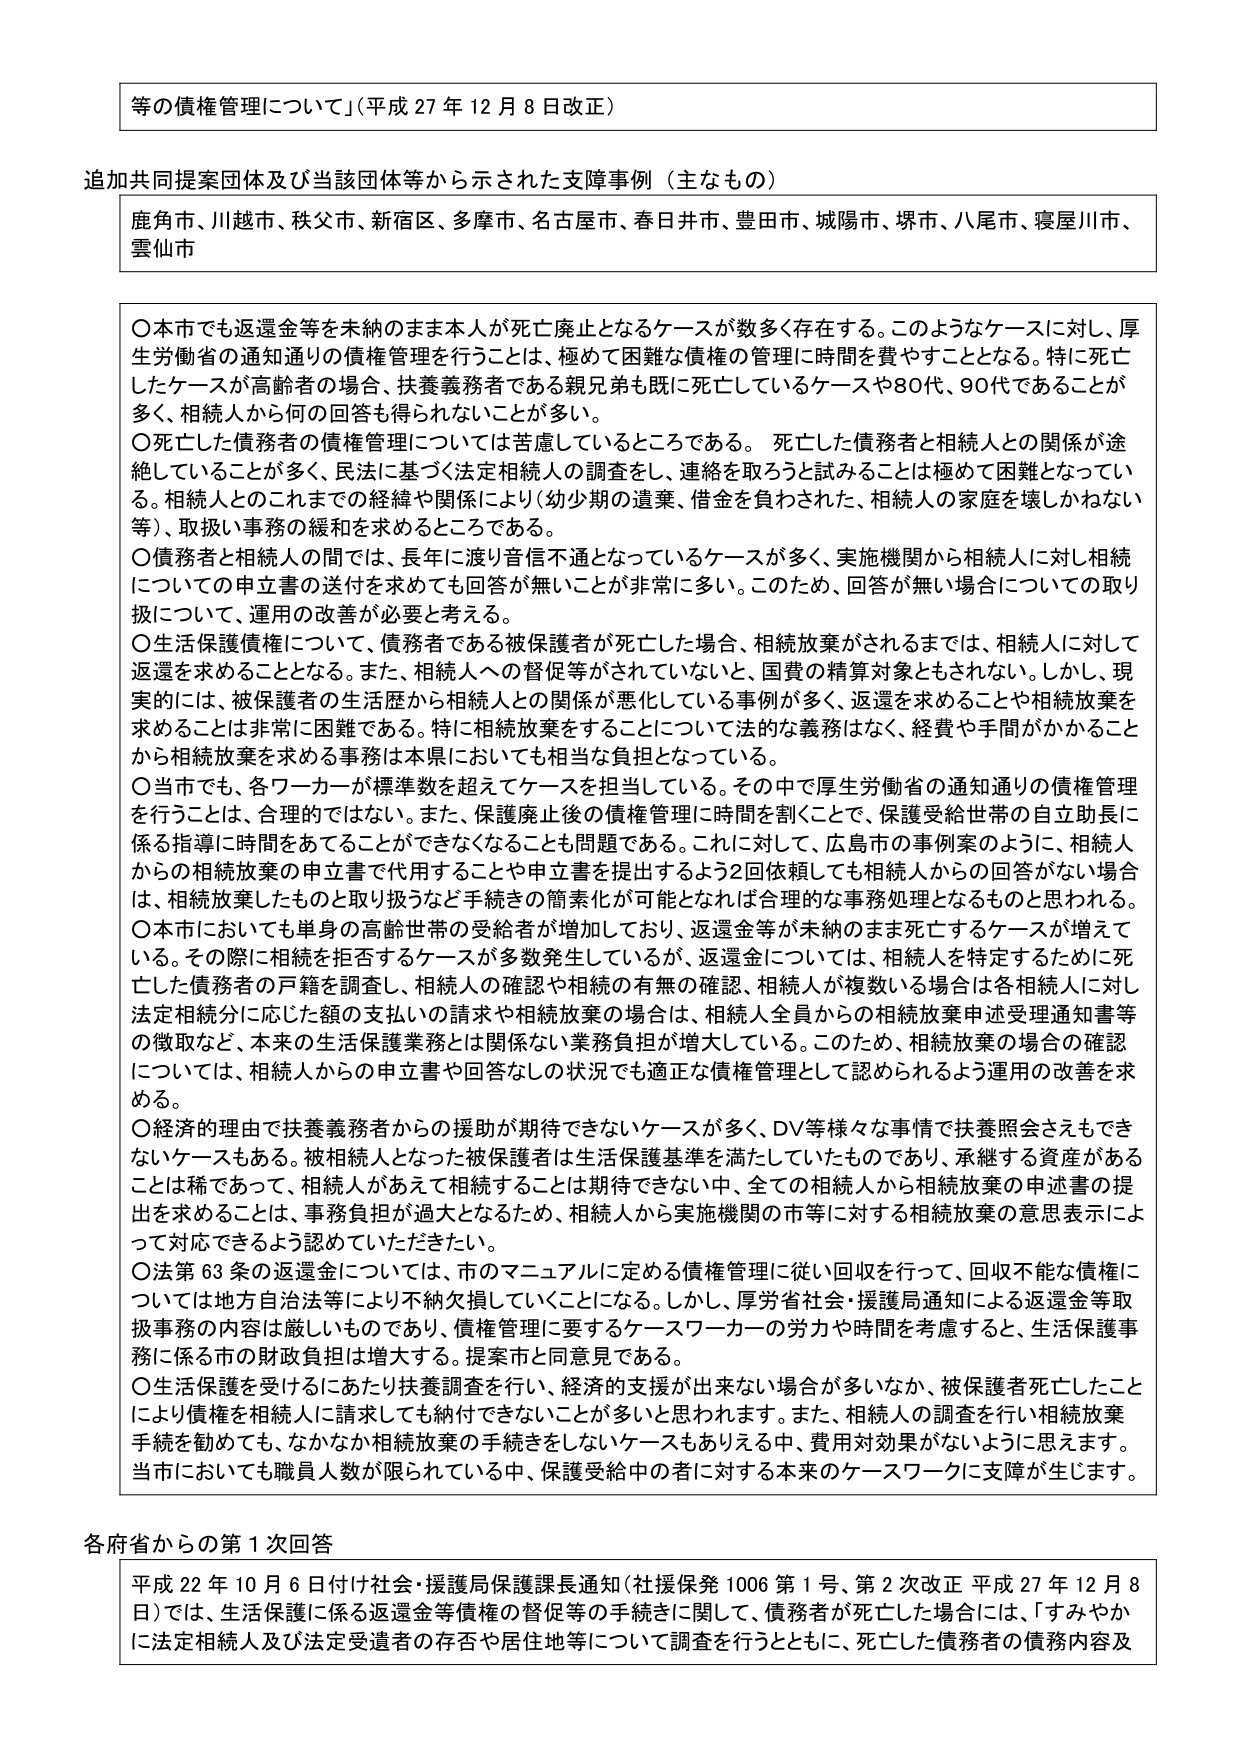
等の債権管理について」（平成27年12月8日改正）

追加共同提案団体及び当該団体等から示された支援事例（主なもの）
鹿角市、川越市、秩父市、新宿区、多摩市、名古屋市、春日井市、豊田市、城陽市、堺市、八尾市、寝屋川市、雲仙市

〇本市でも返還金等を未納のまま本人が死亡廃止となるケースが数多く存在する。このようなケースに対し、厚生労働省の通知通りの債権管理を行うことは、極めて困難な債権の管理に時間を費やすこととなる。特に死亡したケースが高齢者の場合、扶養義務者である親兄弟も既に死亡しているケースや80代、90代であることが多く、相続人から何の回答も得られないことが多い。
〇死亡した債務者の債権管理については苦慮しているところである。死亡した債務者と相続人との関係が途絶していることが多く、民法に基づく法定相続人の調査をし、連絡を取ろうと試みることは極めて困難となっている。相続人とのこれまでの経緯や関係により（幼少期の遺棄、借金を負わされた、相続人の家庭を壊しかねない等）、取扱い事務の緩和を求めるところである。
〇債務者と相続人の間では、長年に渡り音信不通となっているケースが多く、実施機関から相続人に対し相続についての申立書の送付を求めても回答が無いことが非常に多い。このため、回答が無い場合についての取り扱いについて、運用の改善が必要と考える。
〇生活保護債権について、債務者である被保護者が死亡した場合、相続放棄がされるまでは、相続人に対して返還を求めるうこととなる。また、相続人への督促等がされていないと、国費の精算対象とされない。しかし、現実的には、被保護者の生活歴から相続人への関係が悪化している事例が多く、返還を求めることや相続放棄を求めることが非常に困難である。特に相続放棄をすることについて法的な義務はなく、経費や手間がかかることから相続放棄を求める事務は本県においても相当な負担となっている。
〇当市でも、各ワーカーが標準数を超えてケースを担当している。その中で厚生労働省の通知通りの債権管理を行うことは、合理的ではない。また、保護廃止後の債権管理に時間を割くことで、保護受給世帯の自立助長に係る指導に時間をあてることができなくなることも問題である。これに対して、広島市の事例案のように、相続人からの相続放棄の申立書で代用することや申立書を提出するよう2回依頼しても相続人からの回答がない場合は、相続放棄したものと取り扱うなど手続きの簡素化が可能となれば合理的な事務処理となるものと思われる。
〇本市においても単身の高齢世帯の受給者が増加しており、返還金等が未納のまま死亡するケースが増えてい る。その際に相続を拒否するケースが多数発生しているが、返還金については、相続人を特定するために死亡した債務者の戸籍を調査し、相続人の確認や相続の有無の確認、相続人が複数いる場合は各相続人に対し法定相続分に応じた額の支払いの請求や相続放棄の場合は、相続人全員からの相続放棄申述受理通知書等の徴取など、本来の生活保護業務とは関係ない業務負担が増大している。このため、相続放棄の場合の確認については、相続人からの申立書や回答なしの状況でも適正な債権管理として認められるよう運用の改善を求める。
〇経済的理由で扶養義務者からの援助が期待できないケースが多く、DV等様々な事情で扶養照会さえもできないケースもある。被相続人となった被保護者は生活保護基準を満たしていたものであり、承継する資産があることは稀であって、相続人があえて相続することは期待できない中、全ての相続人から相続放棄の申述書の提出を求めることは、事務負担が過大となるため、相続人から実施機関の市等に対する相続放棄の意思表示によって対応できるよう認めていただきたい。
〇法第63条の返還金については、市のマニュアルに定める債権管理に従い回収を行って、回収不能な債権については地方自治法等により不納欠損していくことになる。しかし、厚労省社会・援護局通知による返還金等取扱事務の内容は厳しいものであり、債権管理に要するケースワーカーの労力や時間を考慮すると、生活保護事務に係る市の財政負担は増大する。提案市と同意見である。
〇生活保護を受けるにあたり扶養調査を行い、経済的支援が出来ない場合が多いなか、被保護者死亡したことにより債権を相続人に請求しても納付できないことが多いと思われます。また、相続人の調査を行い相続放棄手続を勧めても、なかなか相続放棄の手続きをしないケースもありえる中、費用対効果がないように思えます。当市においても職員人数が限られている中、保護受給中の者に対する本来のケースワークに支障が生じます。

各府省からの第1次回答
平成22年10月6日付け社会・援護局保護課長通知（社援保発1006第1号、第2次改正 平成27年12月8日）では、生活保護に係る返還金等債権の督促等の手続きに関して、債務者が死亡した場合には、「すみやかに法定相続人及び法定受遺者の存否や居住地等について調査を行うとともに、死亡した債務者の債務内容及